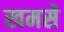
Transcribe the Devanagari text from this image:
खमसे